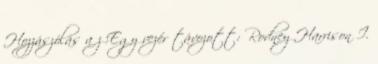
Hozzászólás a z Egy vezér távozott: Rodney Harrison I.